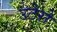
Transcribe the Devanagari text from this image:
उटेरो